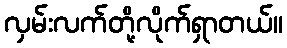
လှမ်းလက်တို့လိုက်ရှာတယ်။